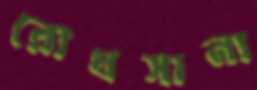
রোখসানা